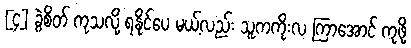
[၄] ခွဲစိတ် ကုသလို့ ရနိုင်ပေ မယ့်လည်း သူကကိုးလ ကြာအောင် ကုဖို့